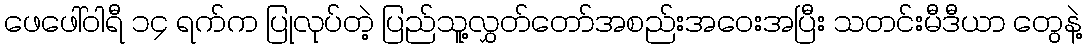
ဖေဖေါ်ဝါရီ ၁၄ ရက်က ပြုလုပ်တဲ့ ပြည်သူ့လွှတ်တော်အစည်းအဝေးအပြီး သတင်းမီဒီယာ တွေနဲ့